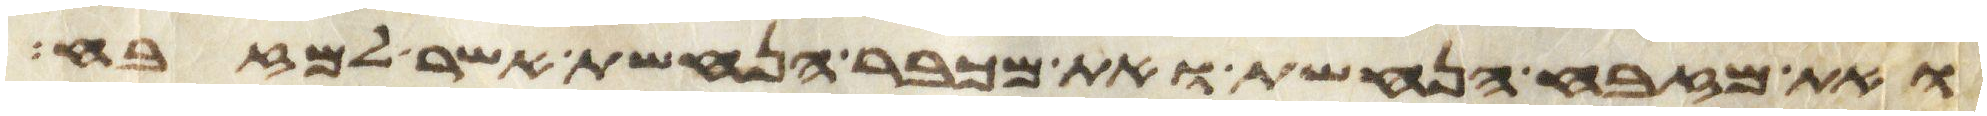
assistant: ואת מזבח הנחשת ואת מכבר הנחשת אשר למזבח